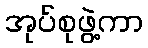
အုပ်စုဖွဲ့ကာ